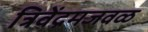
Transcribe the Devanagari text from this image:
त्रिवेंद्रमजवळ